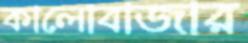
কালোবাজার